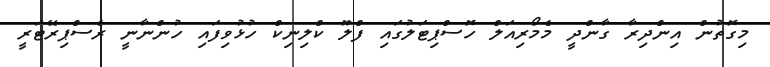
މިގޮތުން އިންދިރާ ގާންދީ މެމޯރިއަލް ހޮސްޕިޓަލުގައި ފްލޫ ކްލިނިކް ހުޅުވިފައި ހުންނާނީ ރެސްޕިރޭޓަރީ